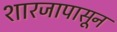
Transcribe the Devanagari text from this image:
शारजापासून